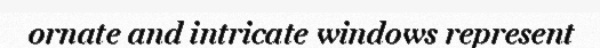
ornate and intricate windows represent